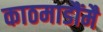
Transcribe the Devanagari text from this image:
काठमाडौंमै